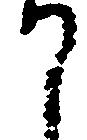
て